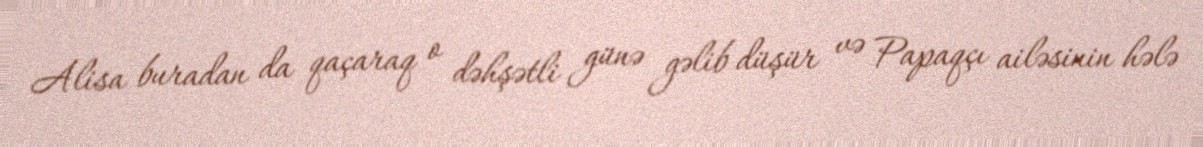
Alisa buradan da qaçaraq o dəhşətli günə gəlib düşür və Papaqçı ailəsinin hələ